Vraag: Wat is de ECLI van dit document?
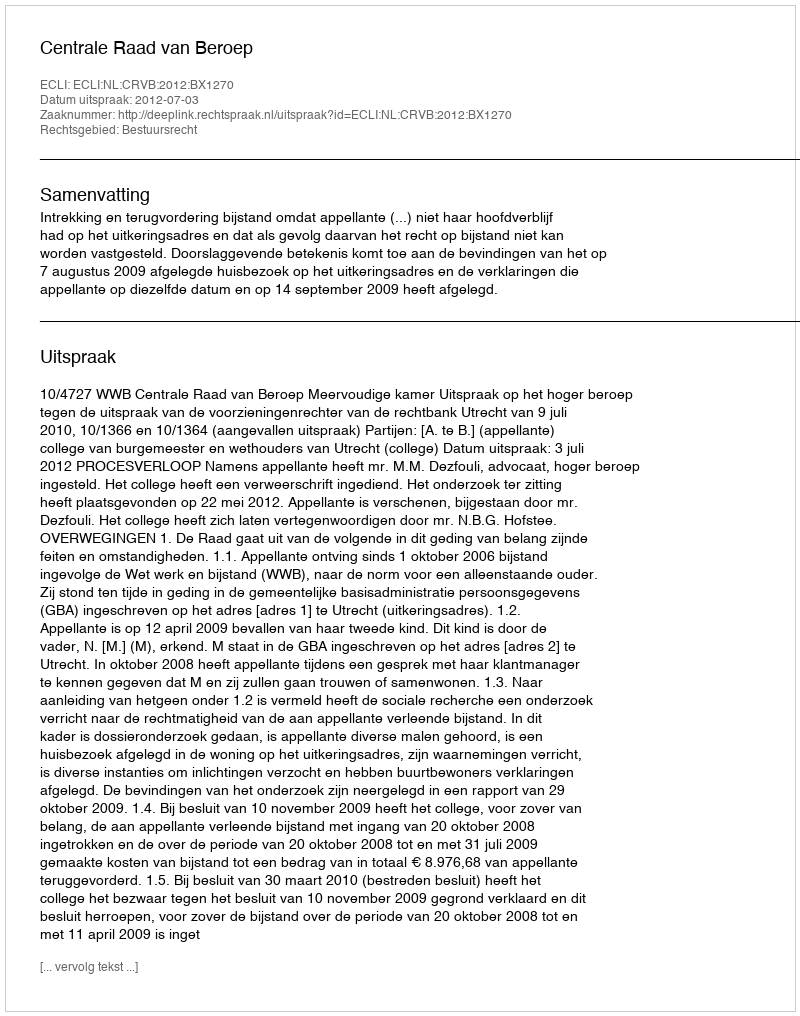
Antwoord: ECLI:NL:CRVB:2012:BX1270